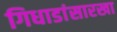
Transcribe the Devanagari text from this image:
गिधाडांसारखा